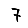
Digit: 7